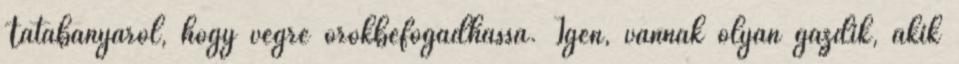
Tatabányáról, hogy végre örökbefogadhassa. Igen, vannak olyan gazdik, akik